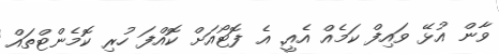
ވާން އުޅޭ ވައިފް ކަމެއް އެއީ